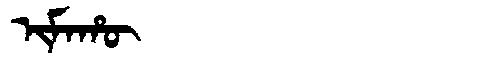
Manchu: ᡳᠮᠠᡥᡡ
Romanization: IMAHŪ